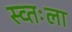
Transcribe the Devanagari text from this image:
स्व्तःला